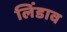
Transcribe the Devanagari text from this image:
लिंडाव